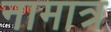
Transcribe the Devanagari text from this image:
नामात्र